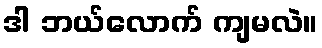
ဒါ ဘယ်လောက် ကျမလဲ။